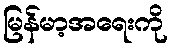
မြန်မာ့အရေးကို